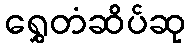
ရွှေတံဆိပ်ဆု